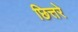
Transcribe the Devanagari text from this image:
छित्तरे